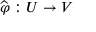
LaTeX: { \widehat { \varphi } } : U \to V